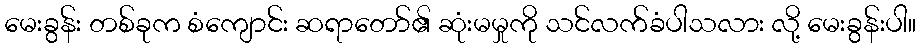
မေးခွန်း တစ်ခုက စံကျောင်း ဆရာတော်၏ ဆုံးမမှုကို သင်လက်ခံပါသလား လို့ မေးခွန်းပါ။